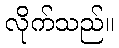
လိုက်သည်။